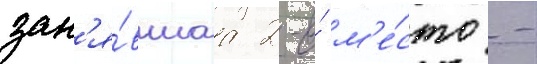
зан'я́вшаа 2-е́ м'е́сто -